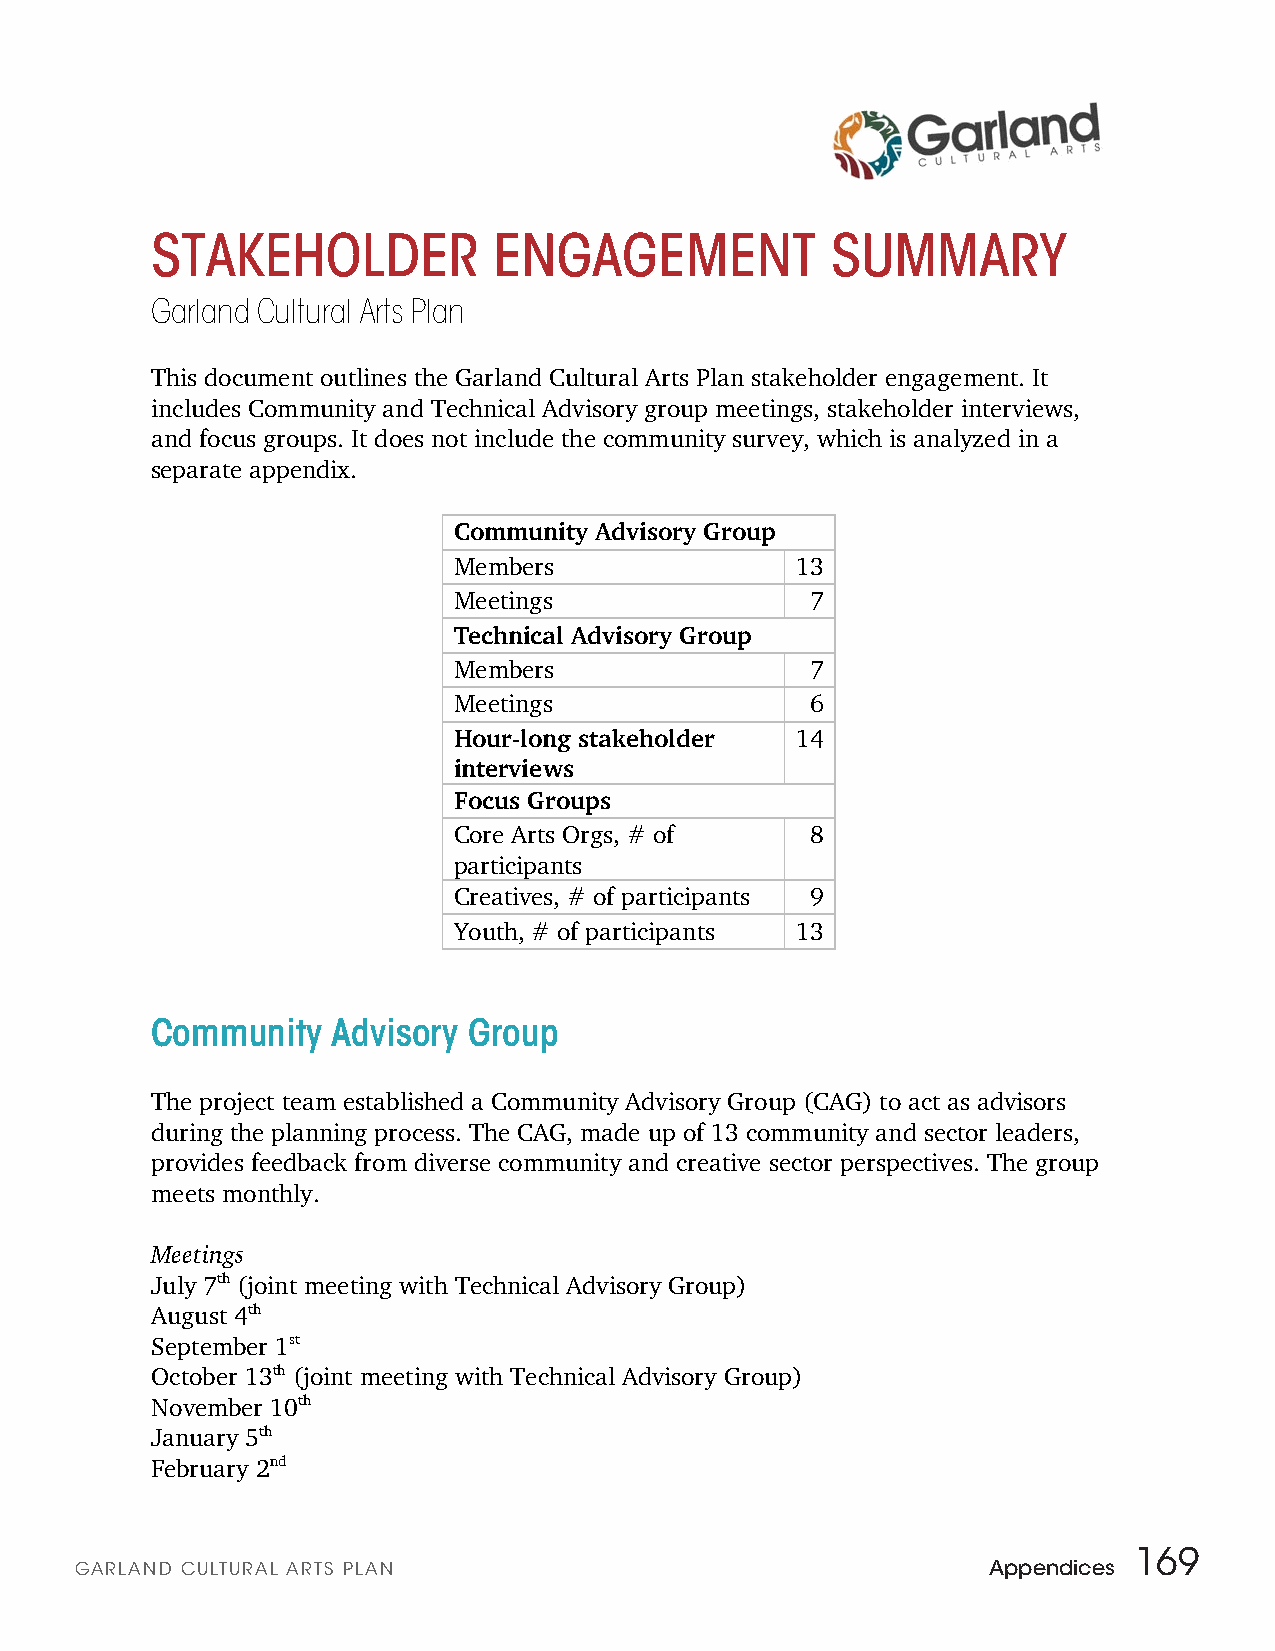
STAKEHOLDER            ENGAGEMENT            SUMMARY
 Garland Cultural Arts Plan
 This document outlines the Garland Cultural Arts Plan stakeholder engagement. It
 includes Community and Technical Advisory group meetings, stakeholder interviews,
 and focus groups. It does not include the community survey, which is analyzed in a
 separate appendix.
 Community Advisory Group
 Members                13
 Meetings                7
 Technical Advisory Group
 Members                 7
 Meetings                6
 Hour-long stakeholder  14
 interviews
 Focus Groups
 Core Arts Orgs, # of    8
 participants
 Creatives, # of participants 9
 Youth, # of participants 13
 Community   Advisory Group
 The project team established a Community Advisory Group (CAG) to act as advisors
 during the planning process. The CAG, made up of 13 community and sector leaders,
 provides feedback from diverse community and creative sector perspectives. The group
 meets monthly.
 Meetings
 July 7th (joint meeting with Technical Advisory Group)
 August 4th
 September 1st
 October 13th (joint meeting with Technical Advisory Group)
 November 10th
 January 5th
 February 2nd
 169
 GARLAND CULTURAL ARTS PLAN                                  Appendices